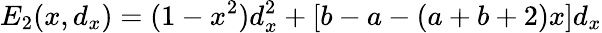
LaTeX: E_{2}(x,d_{x})=(1-x^{2})d_{x}^{2}+[b-a-(a+b+2)x]d_{x}